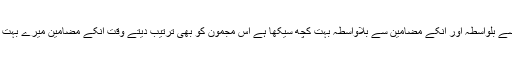
میں جناب سرور راز سرور ؔکو اپنا روحانی اُستاد مانتا ہوں میں نے اُن سے بلواسطہ اور اُنکے مضامین سے بلاواسطہ بہت کچھ سیکھا ہے اِس مجمون کو بھی ترتیب دیتے وقت اُنکے مضامین میرے بہت کام آئے ، اپنے مضامین مین ایک جگہ وہ غزل کے متعلق لکھتے ہیں ۔